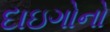
દાઇગોનો